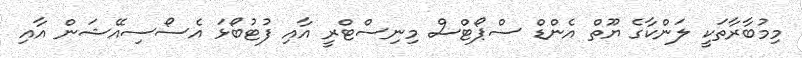
މިމުބާރާތަކީ ލަންކާގެ ޔޫތް އެންޑް ސްޕޯޓްސް މިނިސްޓްރީ އާއި ފުޓުބޯޅަ އެސޯސިއޭޝަން އާއި